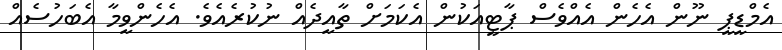
އެމްޑީޕީ ނޫން އެހެން އެއްވެސް ޕާޓީއަކުން އެކަމަށް ތާއީދެއް ނުކުރެއެވެ. އެހެންވީމާ އެބަހުސެއް